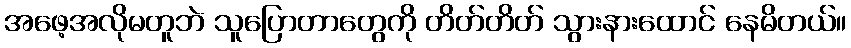
အဖေ့အလိုမတူဘဲ သူပြောတာတွေကို တိတ်တိတ် သွားနားထောင် နေမိတယ်။